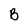
Character: B